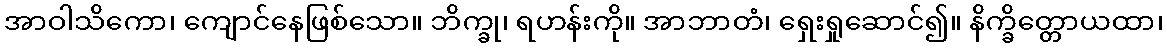
အာဝါသိကော၊ ကျောင်နေဖြစ်သော။ ဘိက္ခု၊ ရဟန်းကို။ အာဘာတံ၊ ရှေးရှုဆောင်၍။ နိက္ခိတ္တောယထာ၊